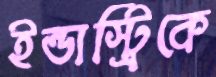
ইন্ডাস্ট্রিকে